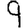
Digit: 9